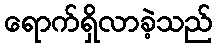
ရောက်ရှိလာခဲ့သည်